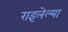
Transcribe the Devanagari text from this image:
राइलेल्या